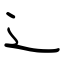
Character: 辶